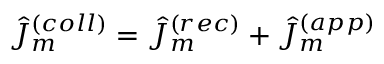
\hat { J } _ { m } ^ { ( c o l l ) } = \hat { J } _ { m } ^ { ( r e c ) } + \hat { J } _ { m } ^ { ( a p p ) }